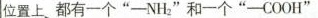
位置上 都有一个“-NH_{2}”和一个“-COOH”